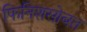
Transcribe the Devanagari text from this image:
फिनिशसोबत